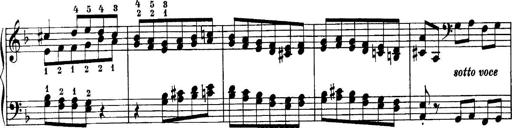
Title: Sonatina No.6
Composer: Ferruccio Busoni